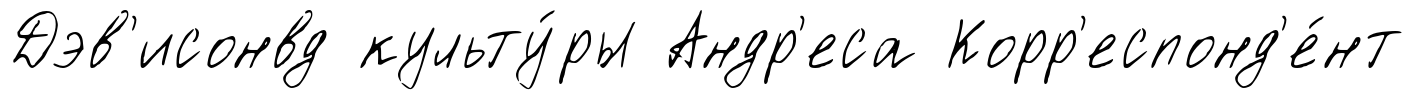
Дэв'исонвд культу́ры Андр'еса Корр'еспонд'е́нт